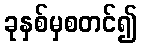
ခုနှစ်မှစတင်၍